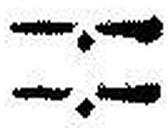
—.—